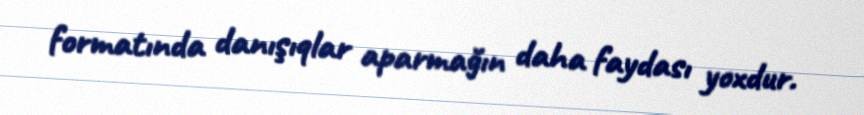
formatında danışıqlar aparmağın daha faydası yoxdur.